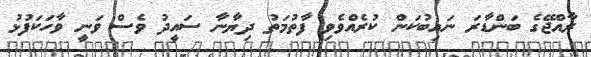
ރާއްޖޭގެ ބަންޑާރަ ނައިބުކަން ކުރެއްވެވި ފާތުމަތު ދިޔާނާ ސައީދު ވެސް ވަނީ ވާހަކަފުޅު